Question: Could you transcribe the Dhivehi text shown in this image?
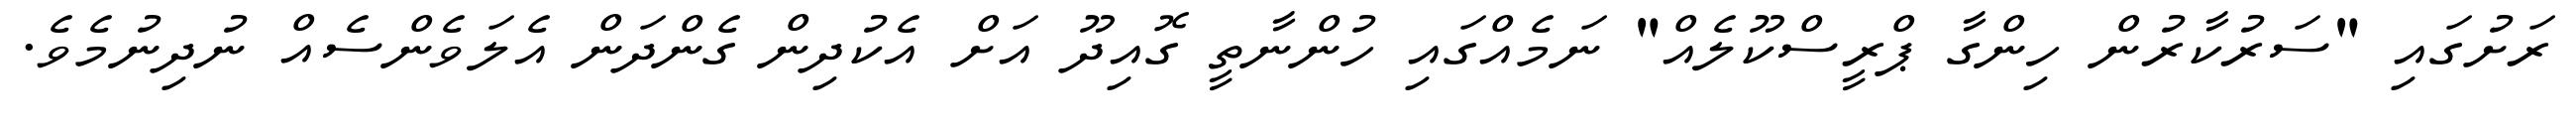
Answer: ރަށުގައި "ސަރުކާރުން ހިންގާ ޕްރީސްކޫލެއް" ނަމެއްގައި ހުންނާތީ ގޮއިދޫ އަށް އެކުދިން ގެންދަން އެލަވެންސެއް ނުދިނުމެވެ.